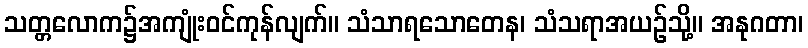
သတ္တလောက၌အကျုံးဝင်ကုန်လျက်။ သံသာရသောတေန၊ သံသရာအယဉ်သို့။ အနုဂတာ၊